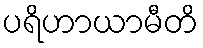
ပရိဟာယာမီတိ